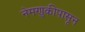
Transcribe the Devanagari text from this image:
नेमणुकीपासून